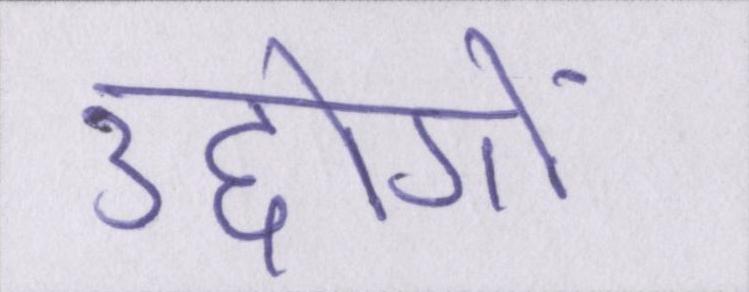
उद्दोगों